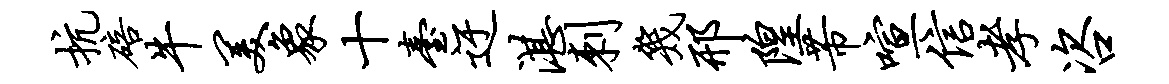
抗碚牛美象十台迂湛刺几邢隍芾喧信孝咨